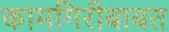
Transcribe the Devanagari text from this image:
कामगिरीबाबत